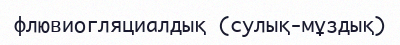
флювиогляциалдық (сулық-мұздық)